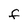
Character: F